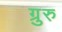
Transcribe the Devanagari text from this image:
ग्रुरु